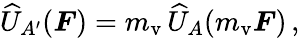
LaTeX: \widehat U_{A^{\prime}}(\boldsymbol F)=m_{\mathrm{v}}\, \widehat U_{A}(m_{\mathrm{v}}\boldsymbol F)\, ,